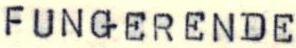
FUNGERENDE